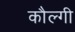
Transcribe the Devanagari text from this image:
कौल्गी